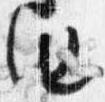
由